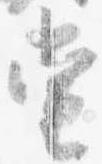
当